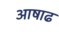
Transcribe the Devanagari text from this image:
अाषाढ